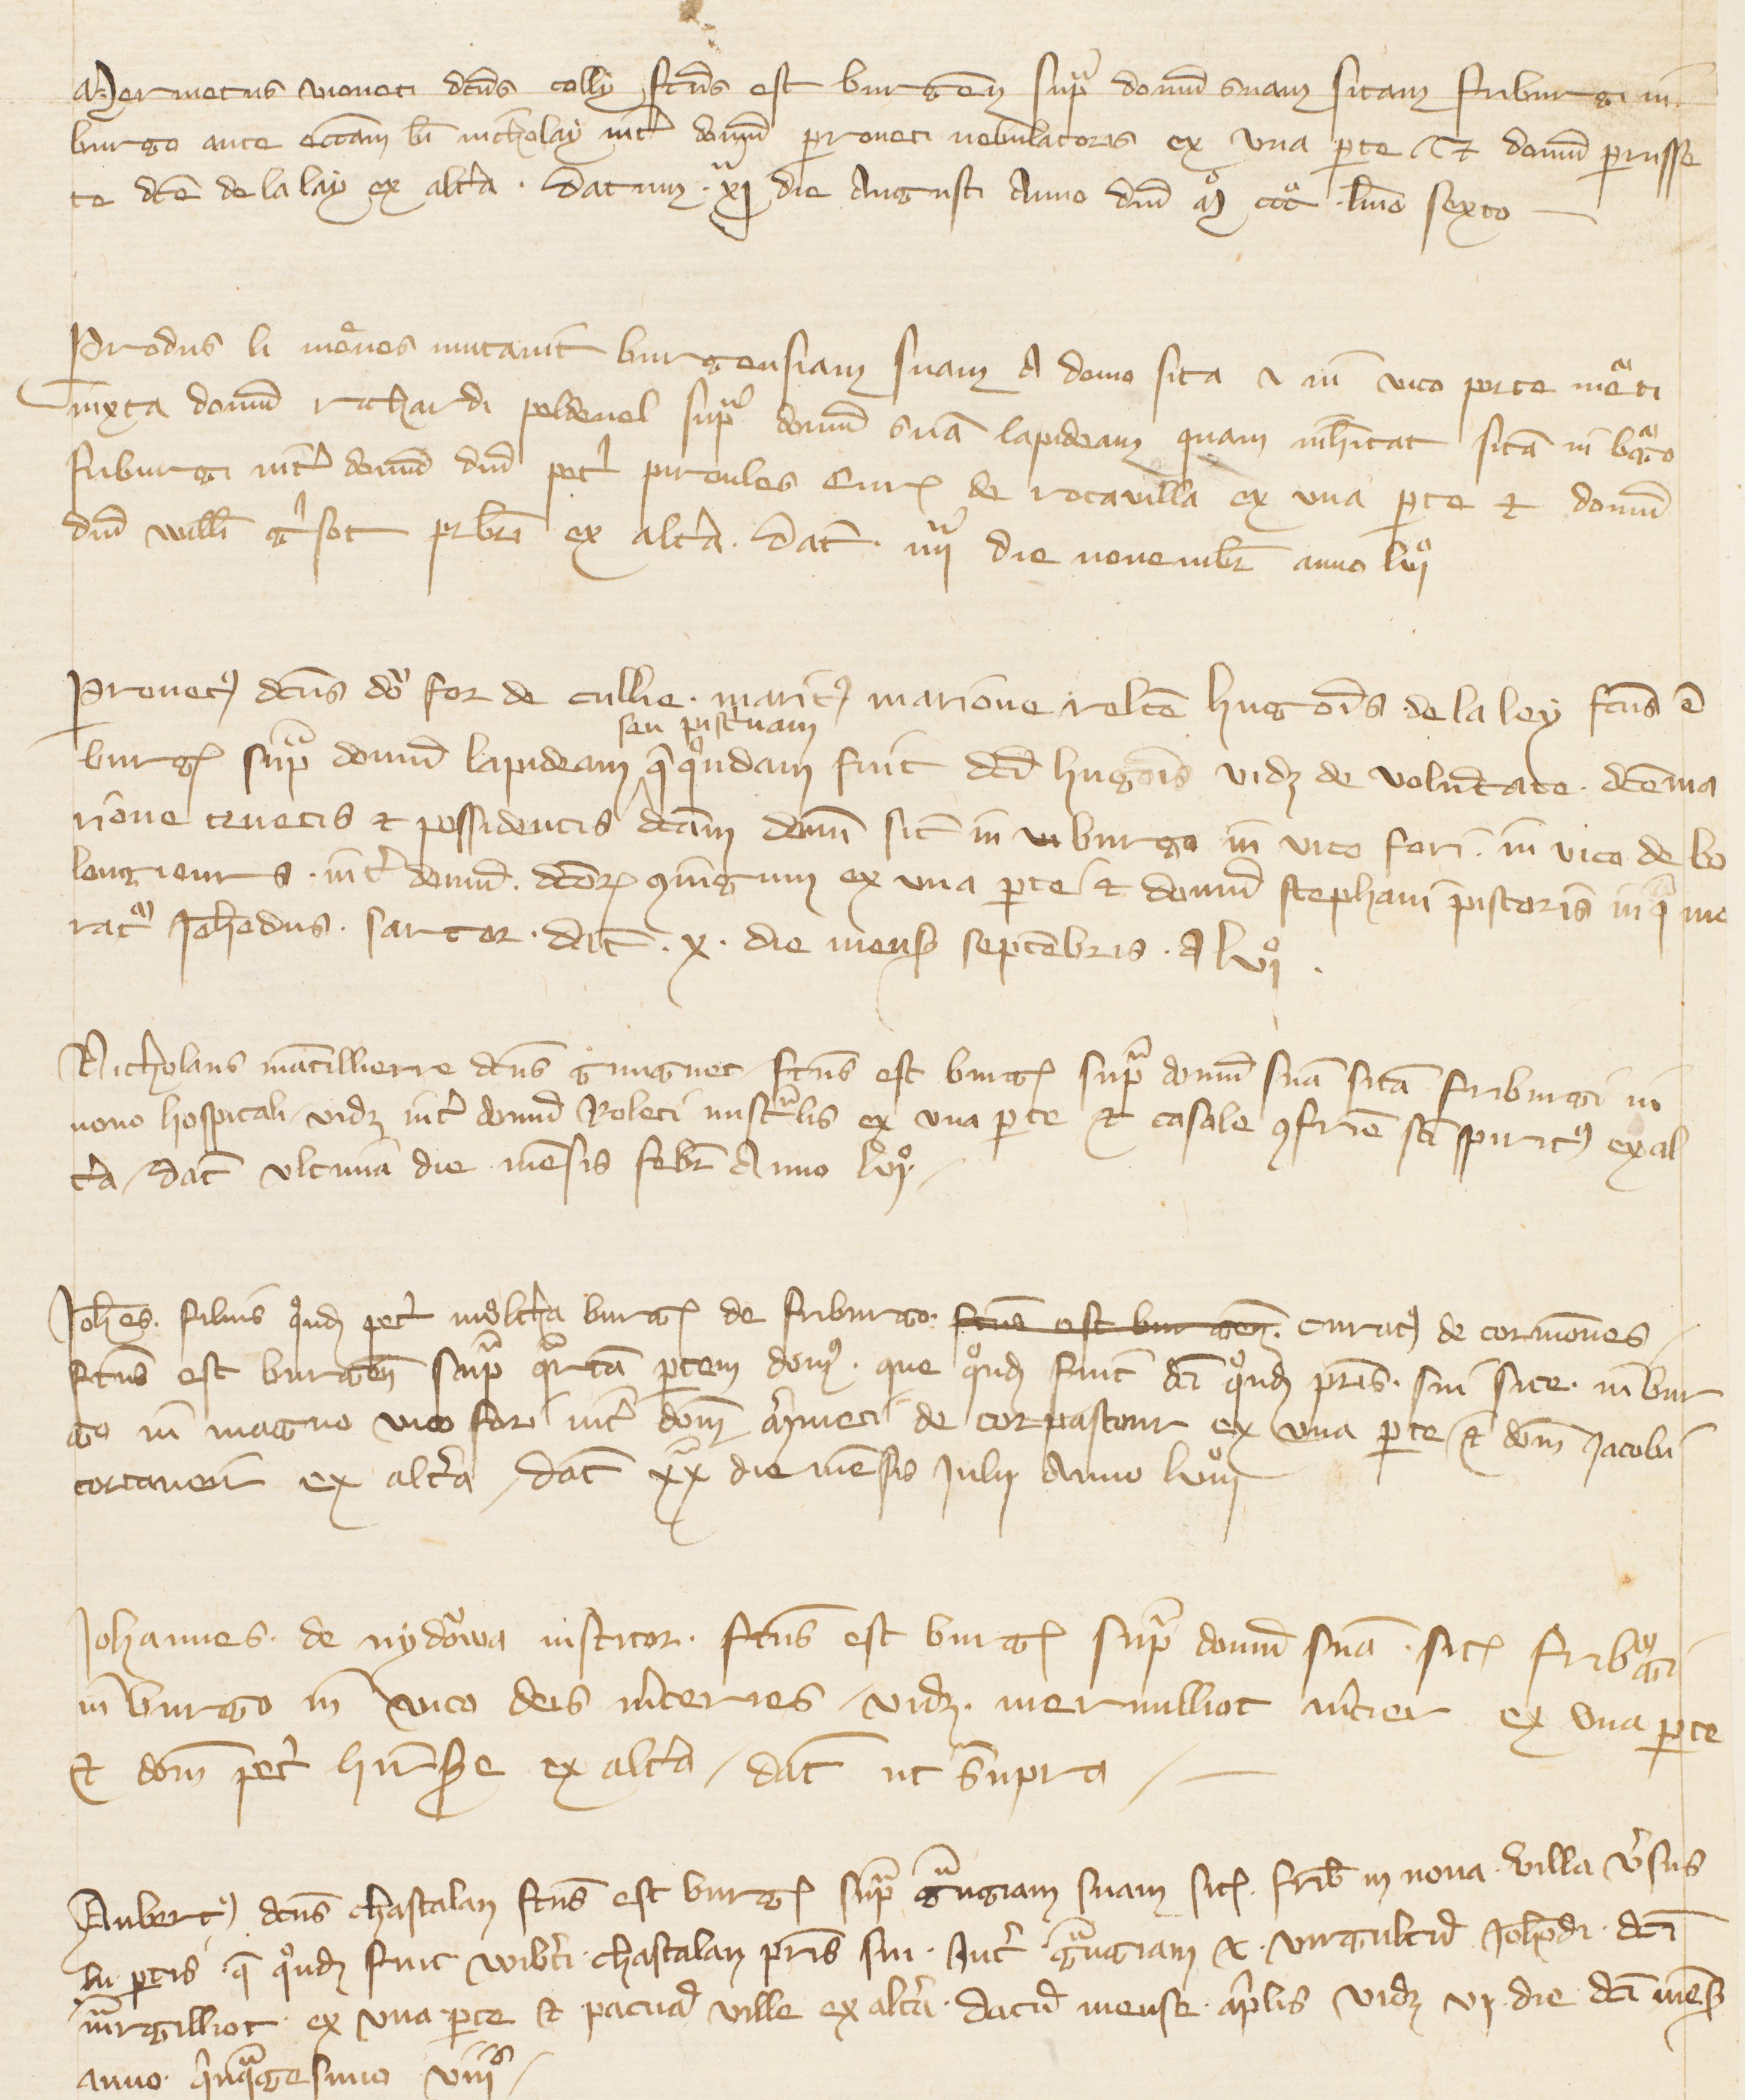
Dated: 1341–1416